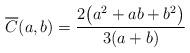
LaTeX: \begin{align*} \overline{ C}(a,b)=\frac{2\bigl(a^2+ab+b^2\bigr)}{3(a+b)}\end{align*}